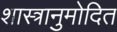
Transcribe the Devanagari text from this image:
शास्त्रानुमोदित